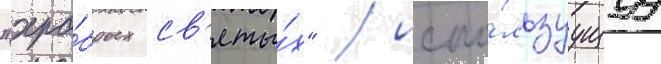
"хра́брых св'яты́х" / испо́льзуущуу